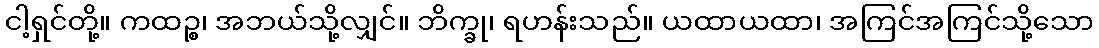
ငါ့ရှင်တို့။ ကထဉ္စ၊ အဘယ်သို့လျှင်။ ဘိက္ခု၊ ရဟန်းသည်။ ယထာယထာ၊ အကြင်အကြင်သို့သော